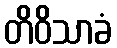
တိဝိသာခံ